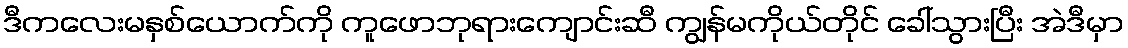
ဒီကလေးမနှစ်ယောက်ကို ကူဖောဘုရားကျောင်းဆီ ကျွန်မကိုယ်တိုင် ခေါ်သွားပြီး အဲဒီမှာ